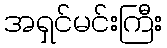
အရှင်မင်းကြီး